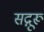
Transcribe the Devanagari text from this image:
सद्गूरू